Annual statistical returns and brief notes on vaccination in Bengal - 1887-1898
Year: 1887
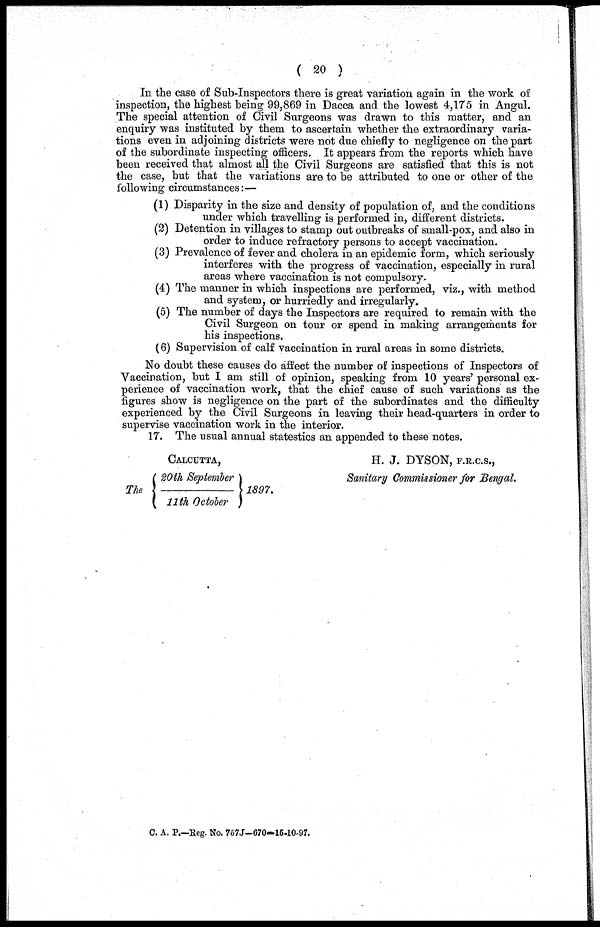
( 20 )
In the case of Sub-Inspectors there is great variation again in the work of
inspection, the highest being 99,869 in Dacca and the lowest 4,175 in Angul.
The special attention of Civil Surgeons was drawn to this matter, and an
enquiry was instituted by them to ascertain whether the extraordinary varia-
tions even in adjoining districts were not due chiefly to negligence on the part
of the subordinate inspecting officers. It appears from the reports which have
been received that almost all the Civil Surgeons are satisfied that this is not
the case, but that the variations are to be attributed to one or other of the
following circumstances:—
(1) Disparity in the size and density of population of, and the conditions
under which travelling is performed in, different districts.
(2) Detention in villages to stamp out outbreaks of small-pox, and also in
order to induce refractory persons to accept vaccination.
(3) Prevalence of fever and cholera in an epidemic form, which seriously
interferes with the progress of vaccination, especially in rural
areas where vaccination is not compulsory.
(4) The manner in which inspections are performed, viz., with method
and system, or hurriedly and irregularly.
(5) The number of days the Inspectors are required to remain with the
Civil Surgeon on tour or spend in making arrangements for
his inspections.
(6) Supervision of calf vaccination in rural areas in some districts.
No doubt these causes do affect the number of inspections of Inspectors of
Vaccination, but I am still of opinion, speaking from 10 years' personal ex-
perience of vaccination work, that the chief cause of such variations as the
figures show is negligence on the part of the subordinates and the difficulty
experienced by the Civil Surgeons in leaving their head-quarters in order to
supervise vaccination work in the interior.
17. The usual annual statestics an appended to these notes.
CALCUTTA,
The 20th September
/ 11th October 1897.
H. J. DYSON, F.R.C.S.,
Sanitary Commissioner for Bengal.
C. A. P.—Reg. No. 757J-670-15-10-97.